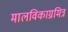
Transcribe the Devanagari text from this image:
मालविकाग्नमित्र